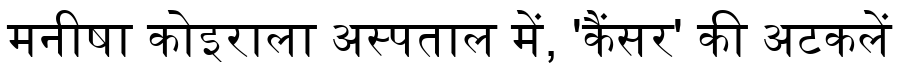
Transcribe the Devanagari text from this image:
मनीषा कोइराला अस्पताल में, 'कैंसर' की अटकलें